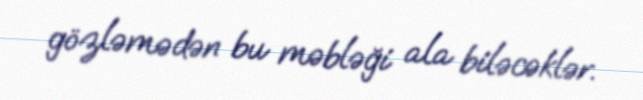
gözləmədən bu məbləği ala biləcəklər.